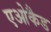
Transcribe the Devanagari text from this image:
एओकैड